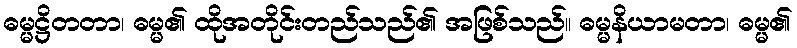
ဓမ္မဋ္ဌိတတာ၊ ဓမ္မ၏ ထိုအတိုင်းတည်သည်၏ အဖြစ်သည်။ ဓမ္မနိယာမတာ၊ ဓမ္မ၏